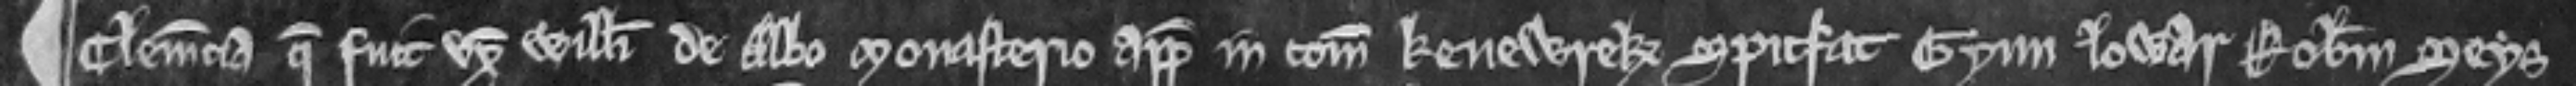
¶ Clemencia que fuit uxor Willelmi de Albo Monasterio appellavit in comitatu Kenewrek Spitfat Gyun Lowar Robertum Seys